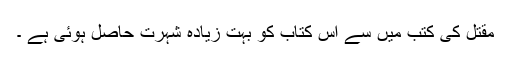
مقتل کی کتب میں سے اس کتاب کو بہت زیادہ شہرت حاصل ہوئی ہے ۔